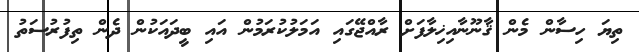
ތިޔަ ހިސާން މެން ޤާނޫނާއިޚިލާފަށް ރާއްޖޭގައި އަމަލުކުރަމުން އައި ބީދައަކުން ދެން ތިފުރުސަތު